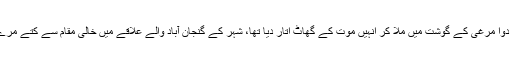
ملزمان پر الزام تھا کہ انہوں نے آوارہ کتوں کو کیڑے مار دوا مرغی کے گوشت میں ملا کر انہیں موت کے گھاٹ اتار دیا تھا، شہر کے گنجان آباد والے علاقے میں خالی مقام سے کتے مرے ہوئے پاگئے تھے جس پر حکام نے تحقیقات کا آغاز کیا۔